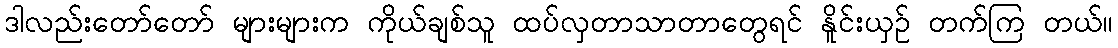
ဒါလည်းတော်တော် များများက ကိုယ်ချစ်သူ ထပ်လှတာသာတာတွေရင် နိူင်းယှဉ် တက်ကြ တယ်။